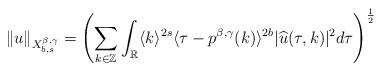
\begin{align*}\|u\|_{X_{b,s}^{\beta,\gamma}}=\left(\sum_{k\in\mathbb{Z}}\int_{\mathbb{R}}\langle k\rangle^{2s}\langle \tau-p^{\beta,\gamma}(k)\rangle^{2b}|\widehat{u}(\tau,k)|^2d\tau\right)^{\frac{1}{2}}\end{align*}